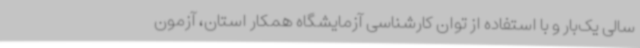
سالی یک‌بار و با استفاده از توان کارشناسی آزمایشگاه همکار استان، آزمون